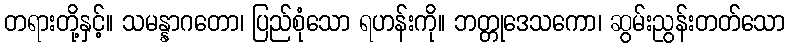
တရားတို့နှင့်။ သမန္နာဂတော၊ ပြည်စုံသော ရဟန်းကို။ ဘတ္တုဒေသကော၊ ဆွမ်းညွန်းတတ်သော